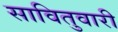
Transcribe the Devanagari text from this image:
सावितुवारी